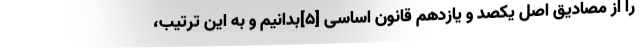
را از مصادیق اصل یکصد و یازدهم قانون اساسی [۵]بدانیم و به این ترتیب،